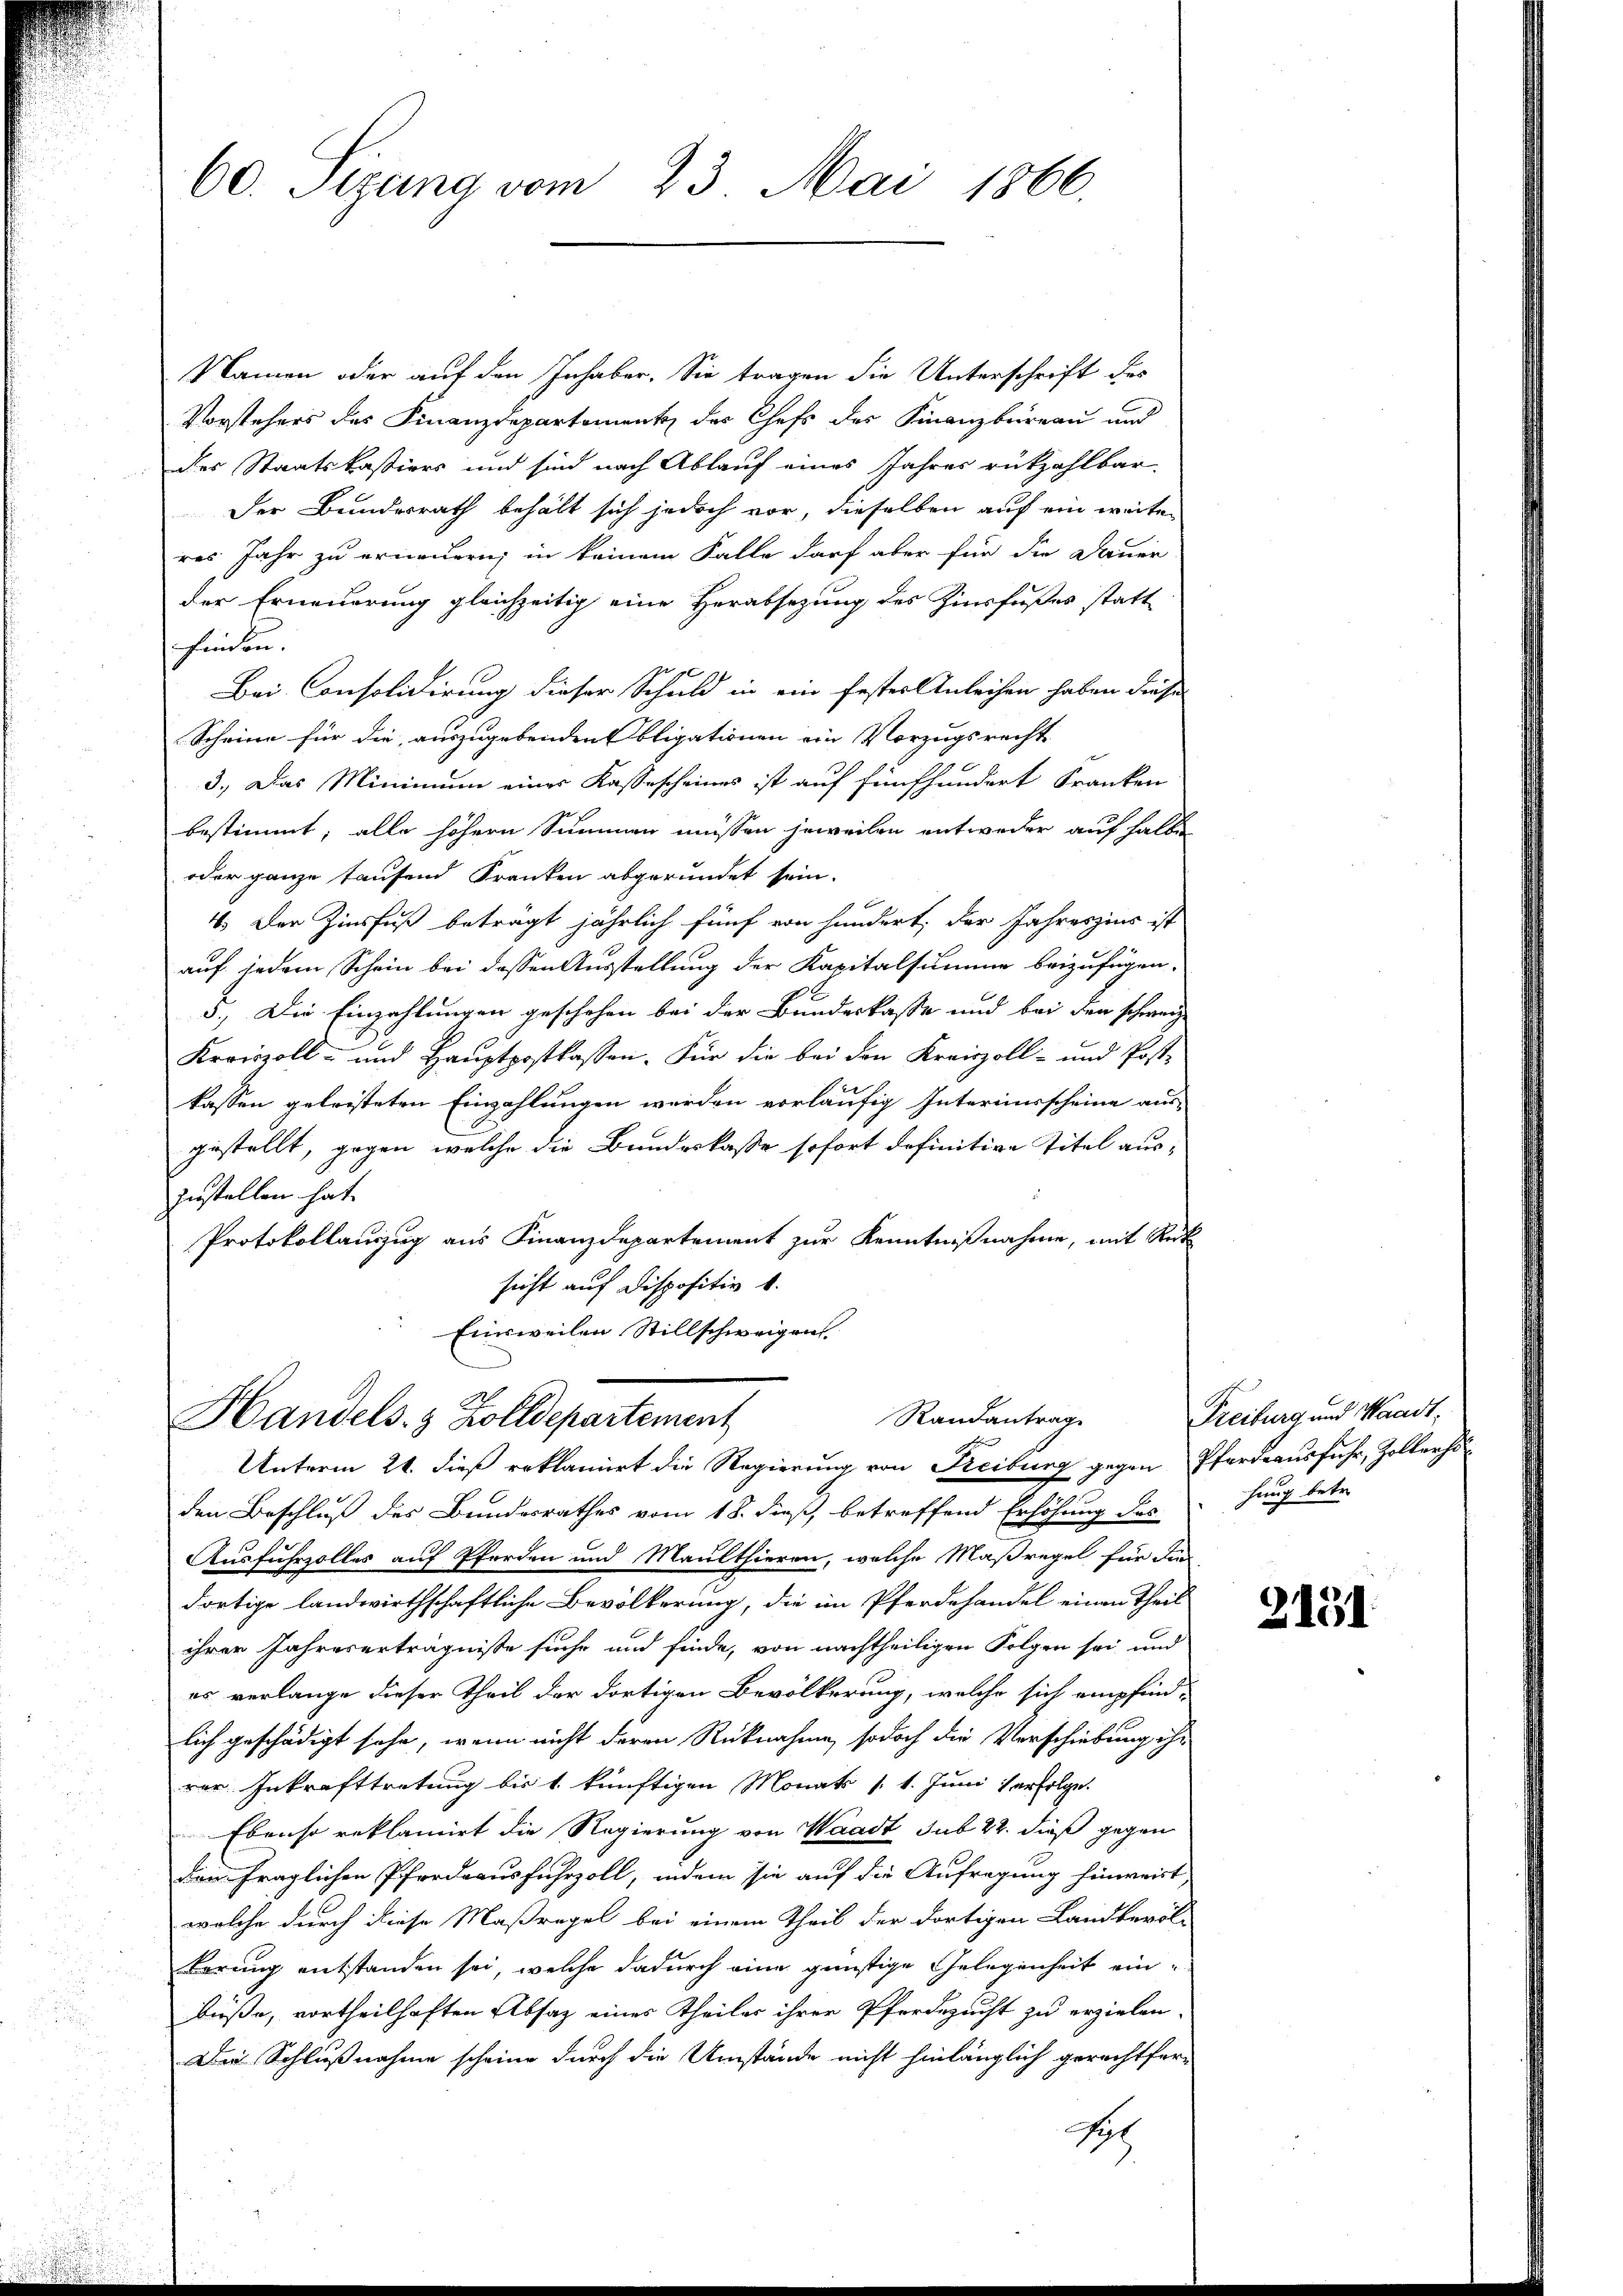
60. Sizung vom 23. Mai 1866.

Namen oder auf den Inhaber. Sie tragen die Unterschrift der
Vorstehers des Finanzdepartement des Chefs des Finanzbüreau und
der Staatskassiers und sind nach Ablauf eines Jahres rückzahlbar.
Der Bundesrath behält sich jedoch vor, dieselben auf ein weiter
res Jahr zu erneuern; in keinem Falle darf aber für die Dauer
der Erneuerung gleichzeitig eine Herabsetzung des Zinsfußes statt
finden.
Bei Consolidirung dieser Schuld in ein fester Anleihen haben diese
Scheine für die auszugebenden bligationen ein Vorzugsrecht
3.) Das Minimum einer Kassescheines ist auf fünfhundert Kranken
bestimmt; alle höhern Summen müssen jeweilen entweder auf halbe
oder ganze taufend Franken abgeründet sein.
4. Der Zinsfuß beträgt jährlich fünf von hundert, der Jahreszins ist
auf jedem Schein bei dessen Ausstellung der Kapitalsumme beizufügen.
5.) Die Einzahlungen geschehen bei der Bundeskasse und bei den schweize
Kroiszoll- und Haŭptpostkassen. Für die bei den Kreiszoll- und Post-
kassen geleisteten Einzahlungen werden vorläufig Interimsscheine aus-
gestellt, gegen welche die Bundeskasse sofort definitive Titel auszustellen hat.
Protokollauszug aus Finanzdepartement zur Kenntnißnahme, mit Rück
sicht auf Dispositiv 1.
Einsweilen Stillschweigen

Randantrage
Handels- & Zolldepartement
Unterm 21. dieß reklamiert die Regierung von Freiburg gegen Pferdeausfuhr, Zollerhö¬

den Beschluß des Bundesrathes vom 18. dieß, betreffend Erhöhung des
Ausfuhrzolles auf Pferden und Maulthieren, welche Maßregel für die
dortige landwirthschaftliche Bevölkerung, die im Pferdehandel einen Theil
ihrer Jahreserträgnisse suche und finde, von nachtheiligen Folgen sei und
es verlange dieser Theil der dortigen Bevölkerung, welche sich empfind
lich geschädigt sehe, wenn nicht deren Rücknahme, so doch die Verschiebung ihr
rer Inkrafttretung bis 1. künftigen Monats 11. Juni verfolge.
Ebenso reklamirt die Regierung von Waadt sub 22. dieß gegen
den fraglichen Pferdeausfuhrzoll, indem sie auf die Aufregung hinweist,
welche durch diese Maßregel bei einem Theil der dortigen Landbevöl-
berung entstanden sei, welche dadurch eine günstige Gelegenheit einbuße, vortheilhaften Absaz eines Theiler ihrer Pferdezucht zu erzielen.
Der Schlußnahme scheine durch die Umstände nicht hinlänglich gerechtfer-
198

Freiburg und Waadt,
hung betr.

2151